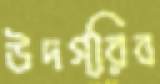
উদগ্রিব